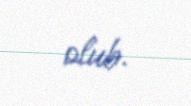
olub.